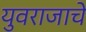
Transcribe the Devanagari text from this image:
युवराजाचे